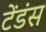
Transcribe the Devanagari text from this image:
टेंडंस